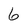
Character: 6